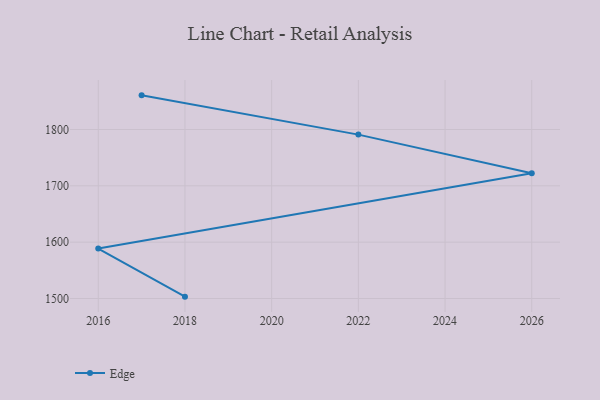
{"axis": {"x": "Year", "y": "Bounce Rate (%)"}, "legend": ["Edge"], "data": [{"x": "2017", "y": 1860.6, "type": "Edge"}, {"x": "2022", "y": 1790.9, "type": "Edge"}, {"x": "2026", "y": 1722.3, "type": "Edge"}, {"x": "2016", "y": 1588.6, "type": "Edge"}, {"x": "2018", "y": 1503.3, "type": "Edge"}]}